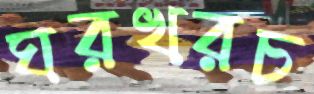
ঘরখরচ